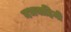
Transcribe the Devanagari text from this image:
नभवाहिनी